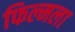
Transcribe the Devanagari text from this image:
फिल्मला